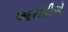
આરોપીએ